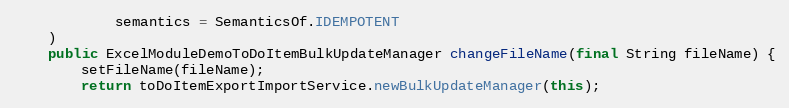
Language: Java
            semantics = SemanticsOf.IDEMPOTENT
    )
    public ExcelModuleDemoToDoItemBulkUpdateManager changeFileName(final String fileName) {
        setFileName(fileName);
        return toDoItemExportImportService.newBulkUpdateManager(this);